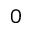
0